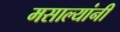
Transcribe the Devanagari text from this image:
मसाल्यांनी